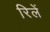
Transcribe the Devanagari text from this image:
रिलें